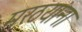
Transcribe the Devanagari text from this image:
मरठयांना